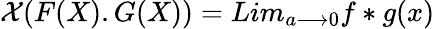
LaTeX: {\cal X}(F(X).G(X))=Lim_{a{\longrightarrow}0}f*g(x)